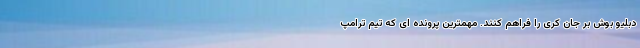
دبلیو بوش بر جان کری را فراهم کنند. مهمترین پرونده ای که تیم ترامپ